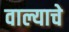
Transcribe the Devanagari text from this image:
वाल्याचे